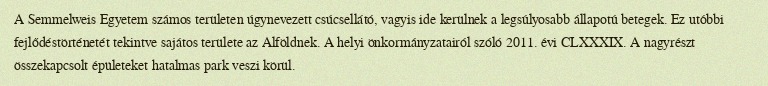
A Semmelweis Egyetem számos területen úgynevezett csúcsellátó, vagyis ide kerülnek a legsúlyosabb állapotú betegek. Ez utóbbi fejlődéstörténetét tekintve sajátos területe az Alföldnek. A helyi önkormányzatairól szóló 2011. évi CLXXXIX. A nagyrészt összekapcsolt épületeket hatalmas park veszi körül.